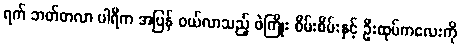
ရက် ဘတ်တလာ ပါရီက အပြန် ဝယ်လာသည့် ဖဲကြိုး စိမ်းစိမ်းနှင့် ဦးထုပ်ကလေးကို